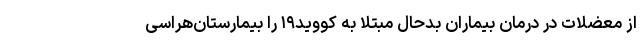
از معضلات در درمان بیماران بدحال مبتلا به کووید۱۹ را بیمارستان‌هراسی